Civil Veterinary Department. United Provinces 1932-42 - 1932-1942
Year: 1932
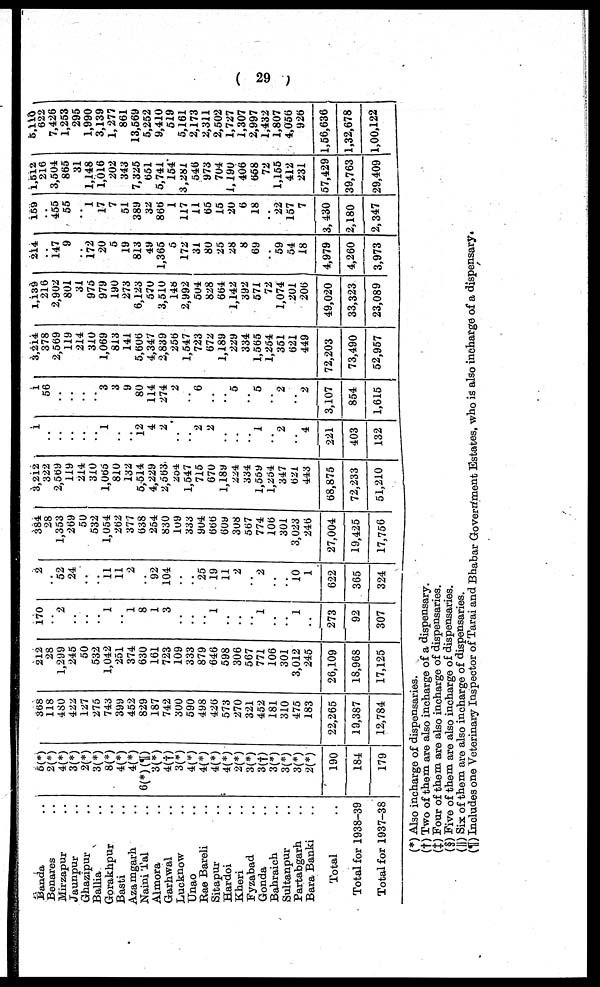
( 29 )
Banda ..
Benares ..
Mirzapur ..
Jaunpur ..
Ghazipur ..
Ballia ..
Gorakhpur ..
Basti ..
Azamgarh ..
Naini Tal ..
Almora ..
Garhwal ..
Lucknow ..
Unao ..
Rae Bareli ..
Sitapur ..
Hardoi ..
Kheri ..
Fyzabad ..
Gonda ..
Bahraich ..
Sultanpur ..
Partabgarh
..
Bara Banki ..
Total ..
Total for 1938-39
Total for 1937-38
5(*)
2(*)
4(*)
3(*)
2(*)
3(*)
8(*)
4(*)
4(*)
6(*)(¶)
3(*)
4(†)
3(*)
4(*)
4(*)
4(*)
4(*)
2(*)
3(*)
3(†)
3(*)
3(*)
3(*)
2(*)
190
184
179
368
118
480
422
127
275
743
399
452
829
187
742
300
590
498
426
573
270
321
452
181
310
475
183
22,265
19,387
12,784
212
28
1,299
245
50
532
1,042
251
374
630
161
723
109
333
879
646
598
306
567
771
106
301
3,012
245
26,109
18,968
17,125
170
.. 2
..
..
..
1
..
1
8
1
3
..
..
..
1
..
..
..
1
..
.. 1
..
273
92
307
2
..
52
24
..
..
11
11
2
..
92
104
..
..
25
19
11
2
..
2
..
..
10
1
622
365
324
384
28
1,353
269
50
532
1,054
262
377
638
254
830
109
333
904
666
609
308
567
774
106
301
3,023
246
27,004
19,425
17,756
3,212
322
2,569
119
214
310
1,065
810
132
5,514
4,229
2,563
254
1,547
715
670
l,189
224
334
l,569
1,254
347
621
443
68,875
72,233
51,210
1
..
..
..
..
..
1
..
..
l2
4
2
..
..
2
2
..
..
..
1
..
2
..
4
221
403
132
1
56
..
..
..
..
3
3
9
80
114
274
2
..
6
..
..
5
..
5
..
2
..
2
3,107
854
1,615
3,214
378
2,569
119
214
310
1,069
813
141
5,606
4,347
2,839
256
1,547
723
672
1,189
229
334
1,565
1,254
351
621
449
72,203
73,490
52,957
1,139
216
2,902
801
31
975
979
190
273
6,123
570
3,510
148
2,992
504
828
664
1,142
392
571
72
1,074
201
206
49,020
33,323
23,089
214
..
147
9
..
172
20
5
19
813
49
1,365
5
172
31
80
25
28
8
69
..
59
54
18
4,979
4,260
3,973
159
..
455
55
..
1
17
7
51
389
32
866
1
117
11
65
15
20
6
18
..
22
157
7
3,430
2,180
2,347
1,512
216
3,504
865
31
1,148
1,016
202
343
7,325
651
5,741
154
3,281
546
973
704
1,190
406
658
72
1,155
412
231
57,429
39,763
29,409
5,118
622
7,426
1,253
295
1,990
3,139
1,277
861
13,569
5,252
9,410
519
5,161
2,173
2,311
2,502
1,727
1,307
2,997
1,432
1,807
4,056
926
1,56,636
1,32,678
1,00,122
(*) Also incharge of dispensaries.
(†) Two of them are also incharge of a dispensary.
(‡) Four of them are also incharge of dispensaries.
(§) Five of them are also incharge of dispensaries.
(||) Six of them are also incharge of dispensaries.
(¶) Includes one Veterinary Inspector of Tarai and Bhabar Government Estates, who is also incharge of a dispensary.